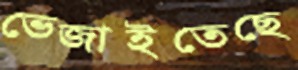
ভেজাইতেছে